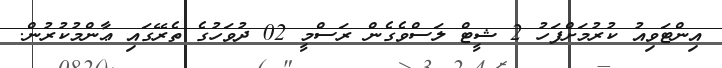
އިންޓަވިއު ކުރުމަށްފަހު 2 ޝީޓް ލަސްވެގެން ރަސްމީ 02 ދުވަހުގެ ތެރޭގައި ޢާންމުކުރުން.